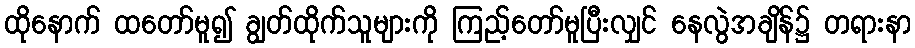
ထိုနောက် ထတော်မူ၍ ချွတ်ထိုက်သူများကို ကြည့်တော်မူပြီးလျှင် နေလွဲအချိန်၌ တရားနာ